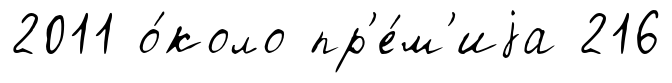
2011 о́коло пр'е́м'иjа 216